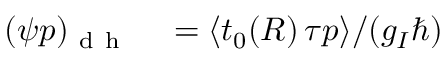
\begin{array} { r l } { ( \psi p ) _ { \mathrm { ~ d ~ h ~ } } } & { { } = { \left\langle t _ { 0 } ( R ) \, \tau p \right\rangle } / ( { g _ { I } \hbar } ) } \end{array}